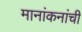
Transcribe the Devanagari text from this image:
मानांकनांची